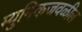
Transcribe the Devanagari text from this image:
म्युनिकजवळील